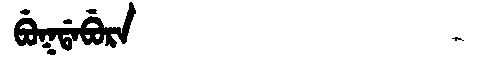
Manchu: ᠪᡠᡴᡩᠠᠪᡠᡵᠠ
Romanization: BUKDABURA